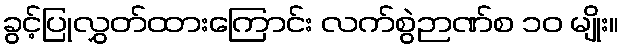
ခွင့်ပြုလွှတ်ထားကြောင်း လက်စွဲဉာဏ်စ ၁၀ မျိုး။